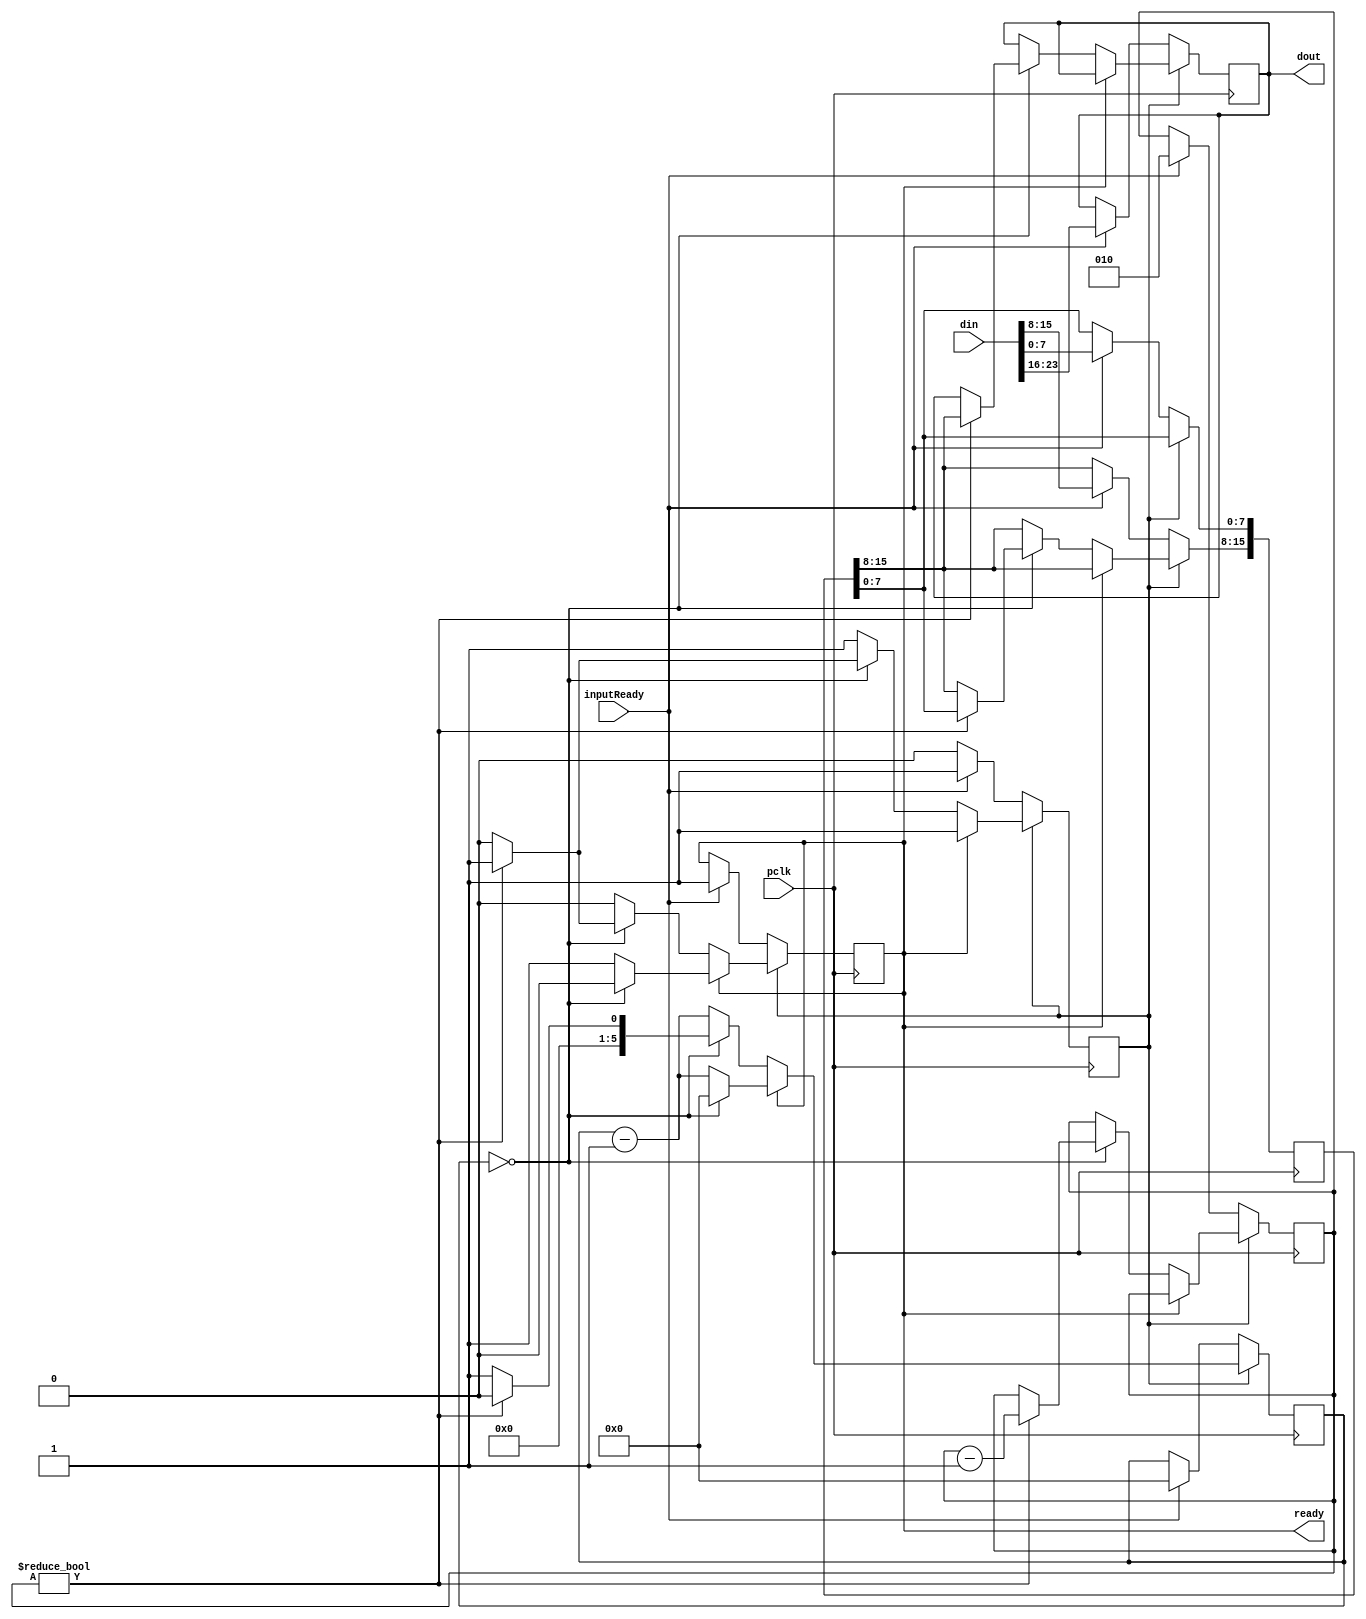


module data8out(
	pclk, din, inputReady, ready,dout
);

parameter outClock=1;
parameter nofBytes=3;

input pclk;

input [(8*nofBytes-1):0] din;
input inputReady;
output reg ready;
output reg [7:0] dout;



reg [(8*nofBytes-9):0] outBuffer;
reg [2:0] outSize;
reg [5:0] waitCounter;
reg inPorcess;
//reg dataOn;
initial
begin
	outSize=0;
	waitCounter=0;
	inPorcess=0;
	ready=0;
end


always @(posedge pclk) begin
	if(inPorcess==0 ) begin
		if(inputReady==1) begin
			inPorcess<=1;
			// set the first byte to output
			dout<=din[(8*nofBytes-1):(8*nofBytes-8)];
			//save the remaining bytes to buffer
			outBuffer[(8*nofBytes-9):0]<=din[(8*nofBytes-9):0];
			outSize<=nofBytes-1;
			ready<=1;
			waitCounter<=outClock-1;
		end
	end
	else begin
		// in process
		waitCounter<=waitCounter-1;
		if(ready) begin
			// ready signal is high
			if(waitCounter==0) begin
				ready<=0;
				waitCounter<=outClock-1;
			end
		end
		else begin
			// this ready signal is low
			if(waitCounter==0) begin
				waitCounter<=outClock;
				if(outSize!=0) begin
					// output the first buffered bytes
					dout<=outBuffer[(8*nofBytes-9):(8*nofBytes-16)];
					// shift the remaining bytes
					outBuffer[(8*nofBytes-9):8]<=outBuffer[(8*nofBytes-17):0];
					outSize<=outSize-1;
					ready<=1;
					waitCounter<=outClock-1;
				end
				else 
					inPorcess<=0;
			end
		end
	end
		
end


endmodule